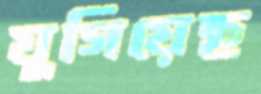
যুগিয়েছ